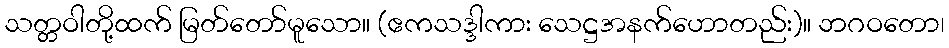
သတ္တဝါတို့ထက် မြတ်တော်မူသော။ (ဧကသဒ္ဒါကား သေဋ္ဌအနက်ဟောတည်း)။ ဘဂဝတော၊